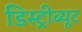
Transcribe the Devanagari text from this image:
डिस्ट्रीब्यूट